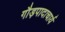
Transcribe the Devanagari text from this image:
गौड़पादाचार्य